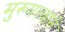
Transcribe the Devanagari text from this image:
मुख्यत्वाने